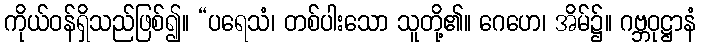
ကိုယ်ဝန်ရှိသည်ဖြစ်၍။ “ပရေသံ၊ တစ်ပါးသော သူတို့၏။ ဂေဟေ၊ အိမ်၌။ ဂဗ္ဘဝုဋ္ဌာနံ